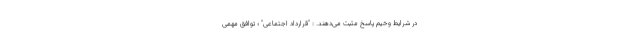
در شرایط وخیم پاسخ مثبت می‌دهند. : "قرارداد اجتماعی" ؛ توافق مهمی